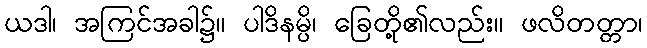
ယဒါ၊ အကြင်အခါ၌။ ပါဒိနမ္ပိ၊ ခြေတို့၏လည်း။ ဖလိတတ္တာ၊